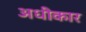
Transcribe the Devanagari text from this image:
अधीकार